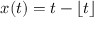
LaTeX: x ( t ) = t - \lfloor t \rfloor